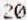
20